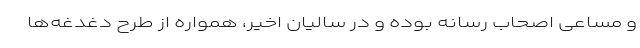
و مساعی اصحاب رسانه بوده و در سالیان اخیر، همواره از طرح دغدغه‌ها